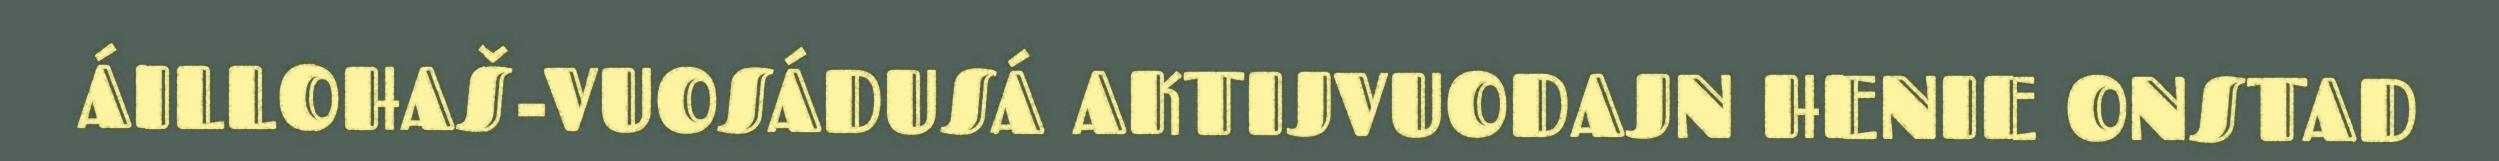
ÁILLOHAŠ-VUOSÁDUSÁ AKTIJVUODAJN HENIE ONSTAD